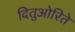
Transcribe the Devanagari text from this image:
दितुओरिते